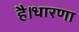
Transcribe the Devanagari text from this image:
है।धारणा